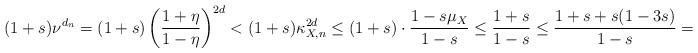
LaTeX: \begin{align*} (1+s)\nu^{d_n} = (1+s) \left( \frac{1+\eta}{1-\eta} \right)^{2d} < (1+s) \kappa_{X,n}^{2d} \le (1+s)\cdot \frac{1-s\mu_X}{1-s} \le \frac{1+s}{1-s} \le \frac{1+s+s(1-3s)}{1-s} = 1+3s.\end{align*}